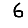
Digit: 6